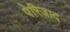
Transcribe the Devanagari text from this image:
पेरिजाद